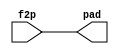
//
//--------------------------------------------------------------------------------
//          THIS FILE WAS AUTOMATICALLY GENERATED BY THE GENESIS2 ENGINE        
//  FOR MORE INFORMATION: OFER SHACHAM (CHIP GENESIS INC / STANFORD VLSI GROUP)
//    !! THIS VERSION OF GENESIS2 IS NOT FOR ANY COMMERCIAL USE !!
//     FOR COMMERCIAL LICENSE CONTACT SHACHAM@ALUMNI.STANFORD.EDU
//--------------------------------------------------------------------------------
//
//  
//	-----------------------------------------------
//	|            Genesis Release Info             |
//	|  $Change: 11879 $ --- $Date: 2013/06/11 $   |
//	-----------------------------------------------
//	
//
//  Source file: /Users/akashlevy/OneDrive - Levylab/Documents/Research/CGRAGenerator/hardware/generator_z/pad_ring/fixed_io.vp
//  Source template: fixed_io
//
// --------------- Begin Pre-Generation Parameters Status Report ---------------
//
//	From 'generate' statement (priority=5):
// Parameter is_input 	= 0
//
//		---- ---- ---- ---- ---- ---- ---- ---- ---- ---- ----
//
//	From Command Line input (priority=4):
//
//		---- ---- ---- ---- ---- ---- ---- ---- ---- ---- ----
//
//	From XML input (priority=3):
//
//		---- ---- ---- ---- ---- ---- ---- ---- ---- ---- ----
//
//	From Config File input (priority=2):
//
// ---------------- End Pre-Generation Pramameters Status Report ----------------

// is_input (_GENESIS2_INHERITANCE_PRIORITY_) = 0
//


module fixed_io_unq2 (
output pad,
input f2p
);

  assign pad = f2p;


endmodule